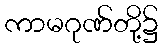
ကာမဂုဏ်တို့၌